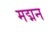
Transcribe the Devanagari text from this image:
मद्मन